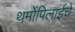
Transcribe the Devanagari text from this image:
थर्मोपिलाईचे